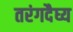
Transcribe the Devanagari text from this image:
तरंगदैघ्य